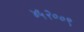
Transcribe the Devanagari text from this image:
४५२००९